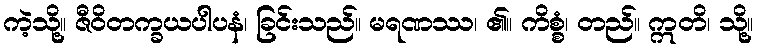
ကဲ့သို့။ ဇီဝိတက္ခယပါပနံ၊ ခြင်းသည်။ မရဏဿ၊ ၏။ ကိစ္စံ၊ တည်။ ဣတိ၊ သို့။